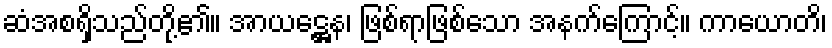
ဆံအစရှိသည်တို့၏။ အာယဋ္ဌေန၊ ဖြစ်ရာဖြစ်သော အနက်ကြောင့်။ ကာယောတိ၊